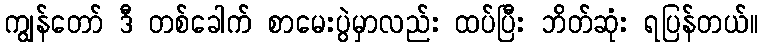
ကျွန်တော် ဒီ တစ်ခေါက် စာမေးပွဲမှာလည်း ထပ်ပြီး ဘိတ်ဆုံး ရပြန်တယ်။